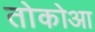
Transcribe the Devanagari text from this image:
तोकोआ